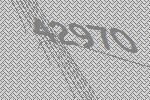
42970